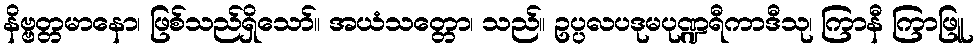
နိဗ္ဗတ္တမာနော၊ ဖြစ်သည်ရှိသော်။ အယံသတ္တော၊ သည်။ ဥပ္ပလပဒုမပုဏ္ဍရီကာဒီသု၊ ကြာနီ ကြာဖြူ